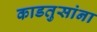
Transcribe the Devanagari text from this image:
काडतुसांना